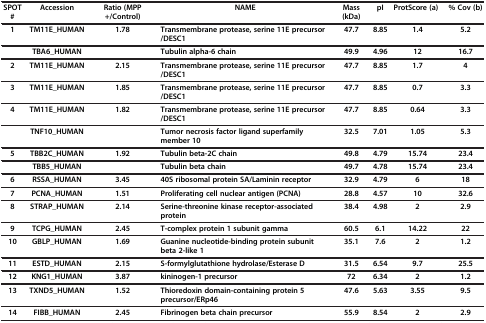
<table><thead><tr><td><b>SPOT #</b></td><td><b>Accession</b></td><td><b>Ratio (MPP+/Control)</b></td><td><b>NAME</b></td><td><b>Mass (kDa)</b></td><td><b>pI</b></td><td><b>ProtScore (a)</b></td><td><b>% Cov (b)</b></td></tr></thead><tbody><tr><td><b>1</b></td><td><b>TM11E_HUMAN</b></td><td><b>1.78</b></td><td><b>Transmembrane protease, serine 11E precursor/DESC1</b></td><td><b>47.7</b></td><td><b>8.85</b></td><td><b>1.4</b></td><td><b>5.2</b></td></tr><tr><td> </td><td><b>TBA6_HUMAN</b></td><td> </td><td><b>Tubulin alpha-6 chain</b></td><td><b>49.9</b></td><td><b>4.96</b></td><td><b>12</b></td><td><b>16.7</b></td></tr><tr><td><b>2</b></td><td><b>TM11E_HUMAN</b></td><td><b>2.15</b></td><td><b>Transmembrane protease, serine 11E precursor/DESC1</b></td><td><b>47.7</b></td><td><b>8.85</b></td><td><b>1.7</b></td><td><b>4</b></td></tr><tr><td><b>3</b></td><td><b>TM11E_HUMAN</b></td><td><b>1.85</b></td><td><b>Transmembrane protease, serine 11E precursor/DESC1</b></td><td><b>47.7</b></td><td><b>8.85</b></td><td><b>0.7</b></td><td><b>3.3</b></td></tr><tr><td><b>4</b></td><td><b>TM11E_HUMAN</b></td><td><b>1.82</b></td><td><b>Transmembrane protease, serine 11E precursor/DESC1</b></td><td><b>47.7</b></td><td><b>8.85</b></td><td><b>0.64</b></td><td><b>3.3</b></td></tr><tr><td> </td><td><b>TNF10_HUMAN</b></td><td> </td><td><b>Tumor necrosis factor ligand superfamily member 10</b></td><td><b>32.5</b></td><td><b>7.01</b></td><td><b>1.05</b></td><td><b>5.3</b></td></tr><tr><td><b>5</b></td><td><b>TBB2C_HUMAN</b></td><td><b>1.92</b></td><td><b>Tubulin beta-2C chain</b></td><td><b>49.8</b></td><td><b>4.79</b></td><td><b>15.74</b></td><td><b>23.4</b></td></tr><tr><td> </td><td><b>TBB5_HUMAN</b></td><td> </td><td><b>Tubulin beta chain</b></td><td><b>49.7</b></td><td><b>4.78</b></td><td><b>15.74</b></td><td><b>23.4</b></td></tr><tr><td><b>6</b></td><td><b>RSSA_HUMAN</b></td><td><b>3.45</b></td><td><b>40S ribosomal protein SA/Laminin receptor</b></td><td><b>32.9</b></td><td><b>4.79</b></td><td><b>6</b></td><td><b>18</b></td></tr><tr><td><b>7</b></td><td><b>PCNA_HUMAN</b></td><td><b>1.51</b></td><td><b>Proliferating cell nuclear antigen (PCNA)</b></td><td><b>28.8</b></td><td><b>4.57</b></td><td><b>10</b></td><td><b>32.6</b></td></tr><tr><td><b>8</b></td><td><b>STRAP_HUMAN</b></td><td><b>2.14</b></td><td><b>Serine-threonine kinase receptor-associated protein</b></td><td><b>38.4</b></td><td><b>4.98</b></td><td><b>2</b></td><td><b>2.9</b></td></tr><tr><td><b>9</b></td><td><b>TCPG_HUMAN</b></td><td><b>2.45</b></td><td><b>T-complex protein 1 subunit gamma</b></td><td><b>60.5</b></td><td><b>6.1</b></td><td><b>14.22</b></td><td><b>22</b></td></tr><tr><td><b>10</b></td><td><b>GBLP_HUMAN</b></td><td><b>1.69</b></td><td><b>Guanine nucleotide-binding protein subunit beta 2-like 1</b></td><td><b>35.1</b></td><td><b>7.6</b></td><td><b>2</b></td><td><b>1.2</b></td></tr><tr><td><b>11</b></td><td><b>ESTD_HUMAN</b></td><td><b>2.15</b></td><td><b>S-formylglutathione hydrolase/Esterase D</b></td><td><b>31.5</b></td><td><b>6.54</b></td><td><b>9.7</b></td><td><b>25.5</b></td></tr><tr><td><b>12</b></td><td><b>KNG1_HUMAN</b></td><td><b>3.87</b></td><td><b>kininogen-1 precursor</b></td><td><b>72</b></td><td><b>6.34</b></td><td><b>2</b></td><td><b>1.2</b></td></tr><tr><td><b>13</b></td><td><b>TXND5_HUMAN</b></td><td><b>1.52</b></td><td><b>Thioredoxin domain-containing protein 5 precursor/ERp46</b></td><td><b>47.6</b></td><td><b>5.63</b></td><td><b>3.55</b></td><td><b>9.5</b></td></tr><tr><td><b>14</b></td><td><b>FIBB_HUMAN</b></td><td><b>2.45</b></td><td><b>Fibrinogen beta chain precursor</b></td><td><b>55.9</b></td><td><b>8.54</b></td><td><b>2</b></td><td><b>2.9</b></td></tr></tbody></table>